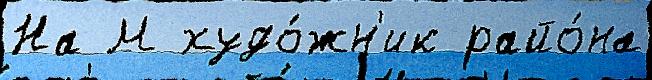
На М худо́жн'ик райо́на